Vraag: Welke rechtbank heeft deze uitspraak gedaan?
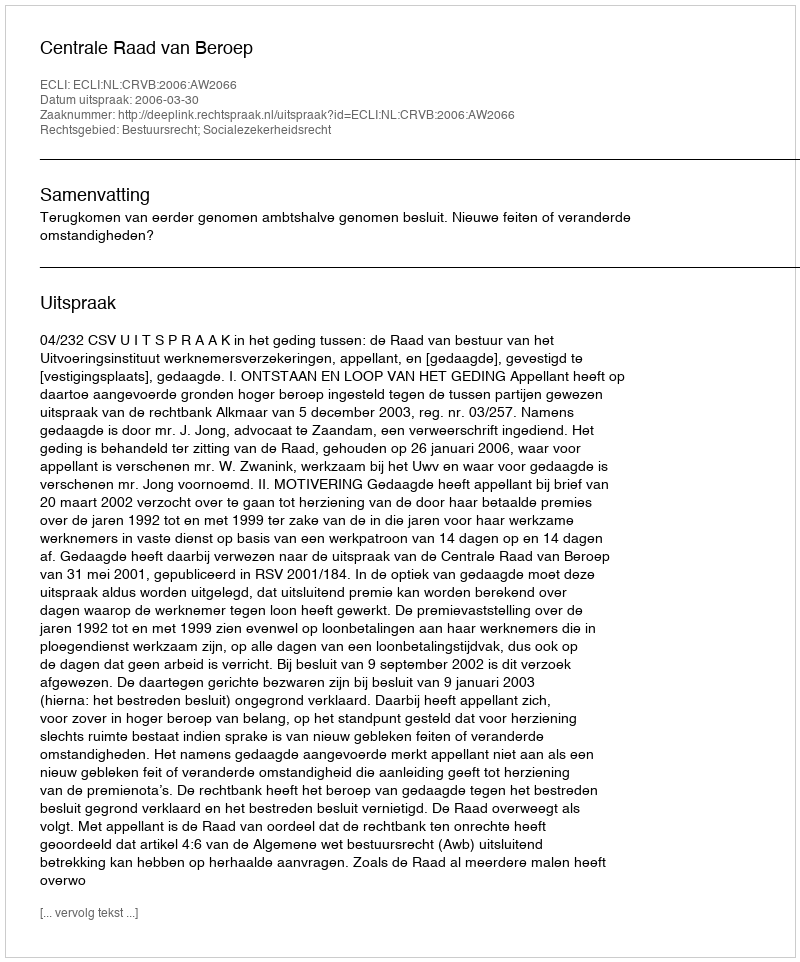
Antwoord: Centrale Raad van Beroep